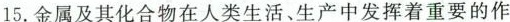
15.金属及其化合物在人类生活、生产中发挥着重要的作